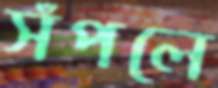
সঁপলে